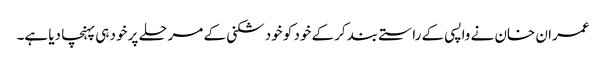
عمران خان نے واپسی کے راستے بند کرکے خود کو خود شکنی کے مرحلے پر خود ہی پہنچا دیا ہے۔